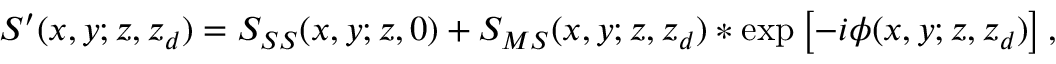
S ^ { \prime } ( x , y ; z , z _ { d } ) = S _ { S S } ( x , y ; z , 0 ) + S _ { M S } ( x , y ; z , z _ { d } ) * \exp \left[ - i \phi ( x , y ; z , z _ { d } ) \right] ,